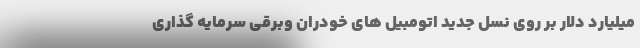
میلیارد دلار بر روی نسل جدید اتومبیل های خودران وبرقی سرمایه گذاری